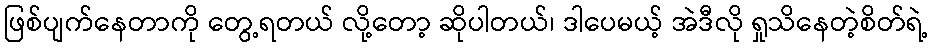
ဖြစ်ပျက်နေတာကို တွေ့ရတယ် လို့တော့ ဆိုပါတယ်၊ ဒါပေမယ့် အဲဒီလို ရှုသိနေတဲ့စိတ်ရဲ့